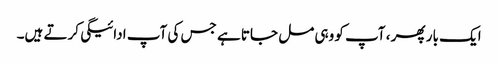
ایک بار پھر ، آپ کو وہی مل جاتا ہے جس کی آپ ادائیگی کرتے ہیں۔